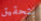
بتحقيق